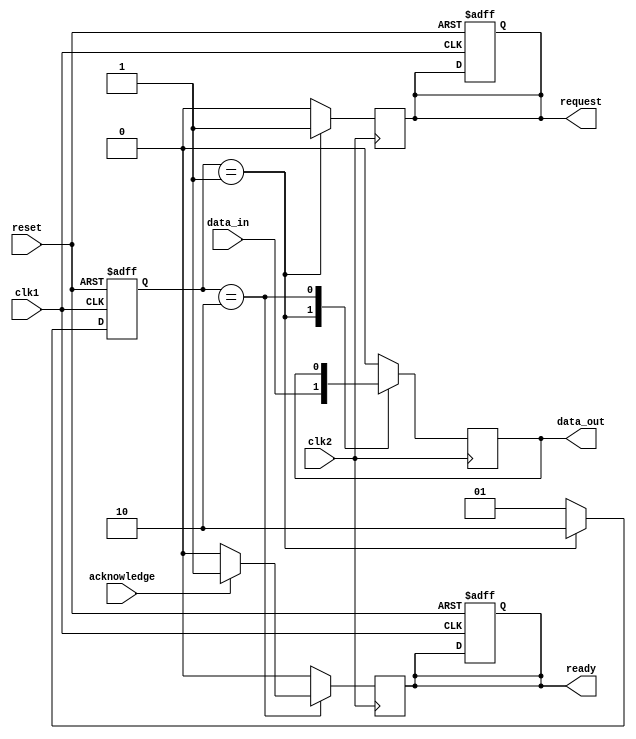
module Sync_block (
    input wire clk1,
    input wire clk2,
    input wire reset,
    input wire data_in,
    output wire data_out,
    output wire request,
    input wire acknowledge,
    output wire ready
);

reg [1:0] sync_reg;
reg request_reg;
reg ready_reg;

always @ (posedge clk1 or posedge reset) begin
    if (reset) begin
        sync_reg <= 2'b0;
        request_reg <= 1'b0;
        ready_reg <= 1'b0;
    end else begin
        case (sync_reg)
            2'b00: sync_reg <= 2'b01;
            2'b01: sync_reg <= 2'b10;
            default: sync_reg <= 2'b01;
        endcase
    end
end

always @ (posedge clk2) begin
    case (sync_reg)
        2'b01: begin
            data_out <= data_in;
            request_reg <= 1'b1;
            ready_reg <= 1'b0;
        end
        2'b10: begin
            request_reg <= 1'b0;
            if (acknowledge) begin
                ready_reg <= 1'b1;
            end else begin
                ready_reg <= 1'b0;
            end
        end
        default: begin
            data_out <= 1'b0;
            request_reg <= 1'b0;
            ready_reg <= 1'b0;
        end
    endcase
end

assign request = request_reg;
assign ready = ready_reg;

endmodule